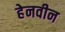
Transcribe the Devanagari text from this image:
हेनवीन